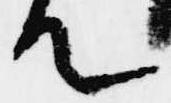
て